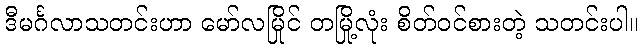
ဒီမင်္ဂလာသတင်းဟာ မော်လမြိုင် တမြို့လုံး စိတ်ဝင်စားတဲ့ သတင်းပါ။